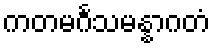
ကတမင်္ဂသမန္နာဂတံ